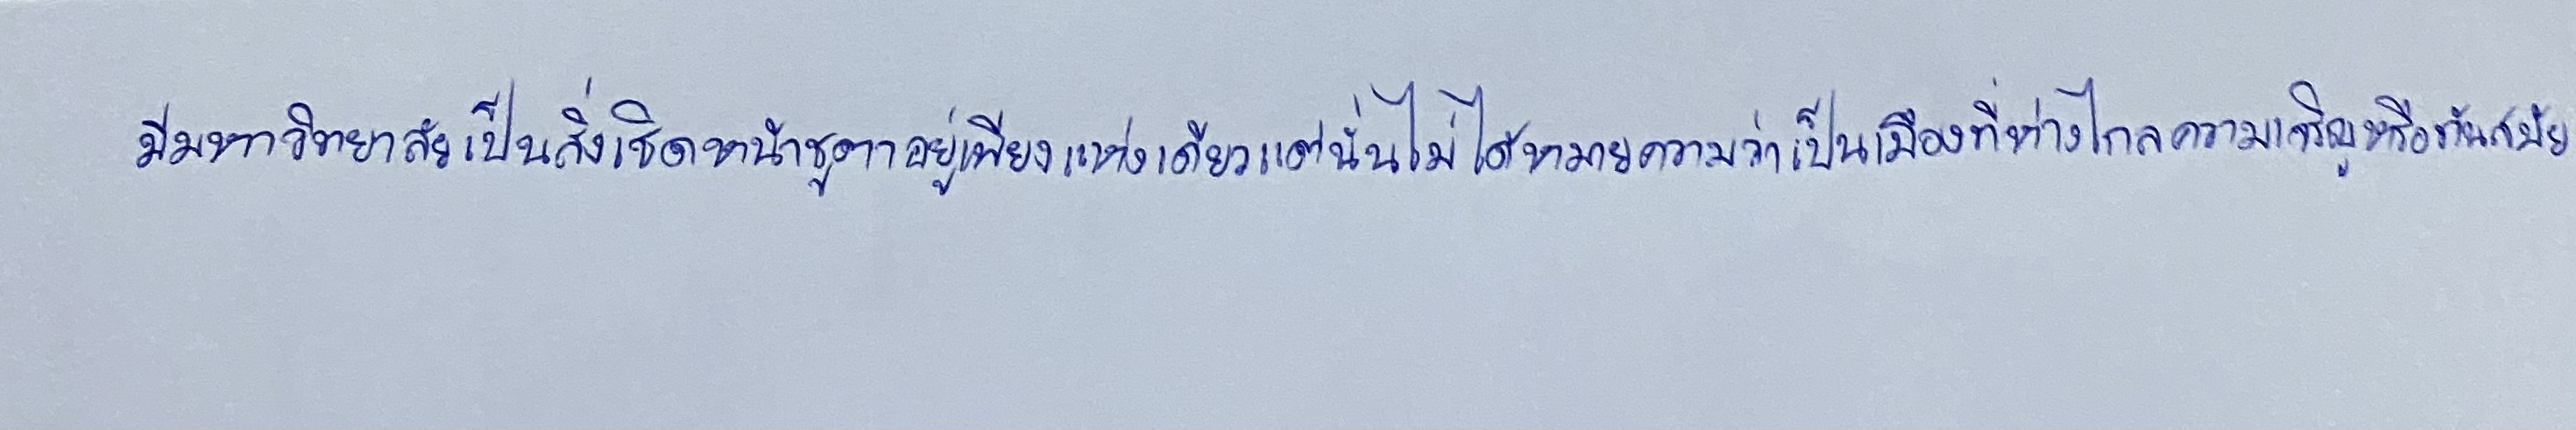
มีมหาวิทยาลัยเป็นสิ่งเชิดหน้าชูตาอยู่เพียงแห่งเดียวแต่นั่นไม่ได้หมายความว่าเป็นเมืองที่ห่างไกลความเจริญหรือทันสมัย